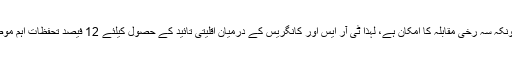
ورنگل میں چونکہ سہ رخی مقابلہ کا امکان ہے، لہذا ٹی آر ایس اور کانگریس کے درمیان اقلیتی تائید کے حصول کیلئے 12 فیصد تحفظات اہم موضوع رہے گا۔